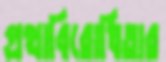
প্রথাবিরোধিতার